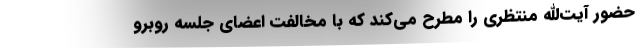
حضور آیت‌الله منتظری را مطرح می‌کند که با مخالفت اعضای جلسه روبرو